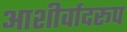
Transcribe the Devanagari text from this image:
आशीर्वादरूप